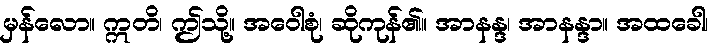
မှန်လော။ ဣတိ၊ ဤသို့။ အဝေါစုံ၊ ဆိုကုန်၏။ အာနန္ဒ၊ အာနန္ဒာ။ အထခေါ၊